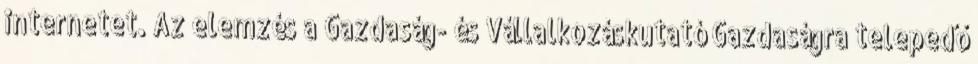
internetet. Az elemzés a Gazdaság- és Vállalkozáskutató Gazdaságra telepedő